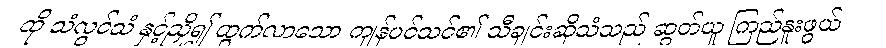
ထို သံလွင်သံ နှင့်ညှိ၍ ထွက်လာသော ကျန်ပင်သင်၏ သီချင်းဆိုသံသည် ဆွတ်ယူ ကြည်နူးဖွယ်